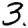
Digit: 3